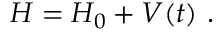
H = H _ { 0 } + V ( t ) ~ .